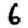
Digit: 6